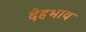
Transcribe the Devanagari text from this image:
देहभाव